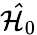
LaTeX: \mathcal{\hat{H}}_{0}